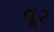
વૂર